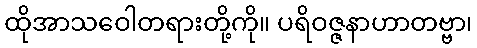
ထိုအာသဝေါတရားတို့ကို။ ပရိဝဇ္ဇနာဟာတဗ္ဗာ၊